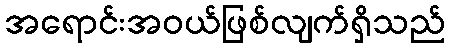
အရောင်းအဝယ်ဖြစ်လျက်ရှိသည်